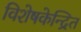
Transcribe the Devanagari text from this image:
विशेषकेन्द्रित